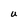
Character: U